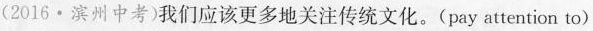
(2016·滨州中考)我们应该更多地关注传统文化。(pay attention to)